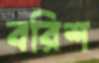
বরিশ